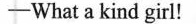
-What a kind girl!